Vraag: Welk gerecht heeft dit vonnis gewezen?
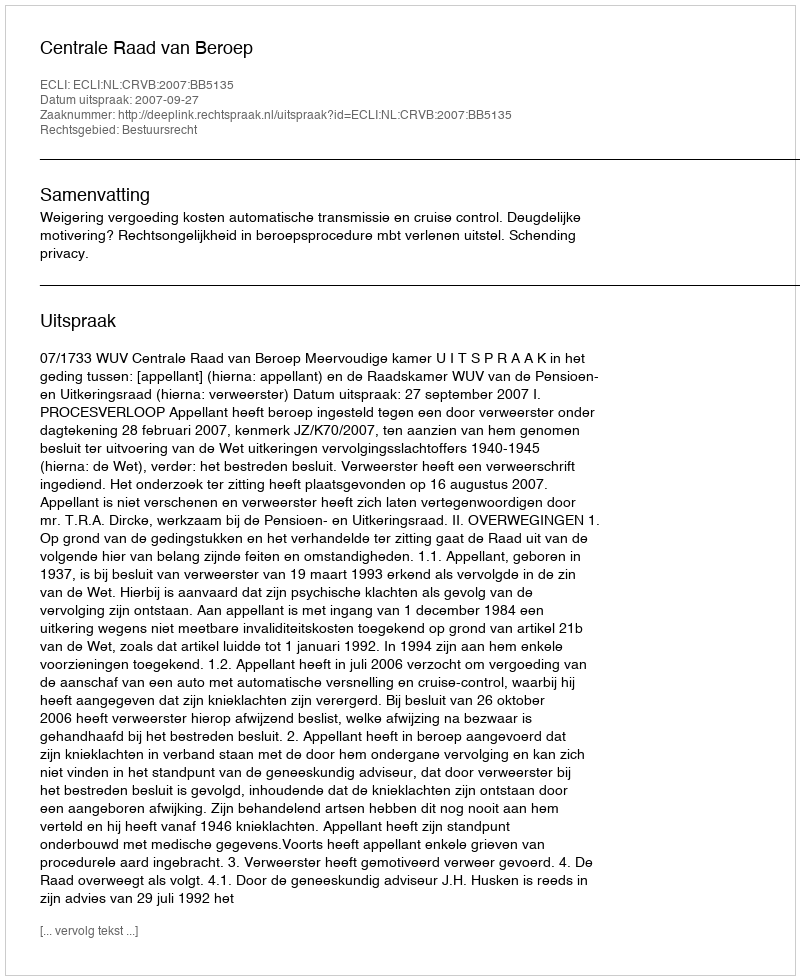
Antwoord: Centrale Raad van Beroep